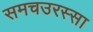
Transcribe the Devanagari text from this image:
समचउरस्सा